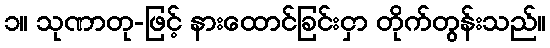
၁။ သုဏာတု-ဖြင့် နားထောင်ခြင်းငှာ တိုက်တွန်းသည်။